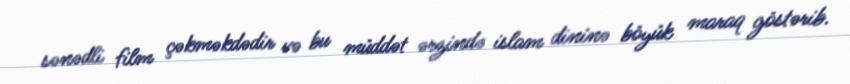
sənədli film çəkməkdədir və bu müddət ərzində islam dininə böyük maraq göstərib.